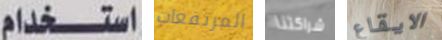
استخدام المرتفعات شراكتنا الايقاع